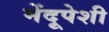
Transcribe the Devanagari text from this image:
मेंदूपेशी